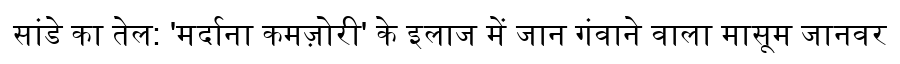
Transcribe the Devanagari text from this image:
सांडे का तेल: 'मर्दाना कमज़ोरी' के इलाज में जान गंवाने वाला मासूम जानवर